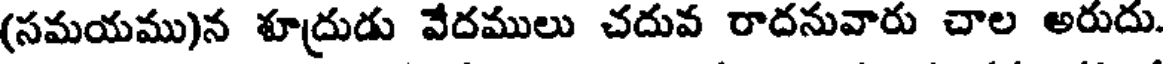
(సమయము)న శూద్రుడు వేదములు చదువ రాదనువారు చాల అరుదు.